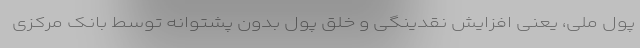
پول ملی، یعنی افزایش نقدینگی و خلق پول بدون پشتوانه توسط بانک مرکزی